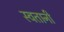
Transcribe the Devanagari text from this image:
स्वतानी